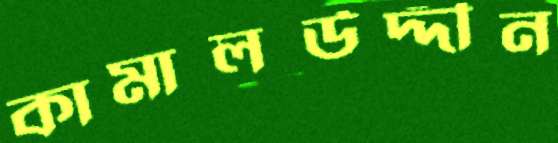
কামালউদ্দীন